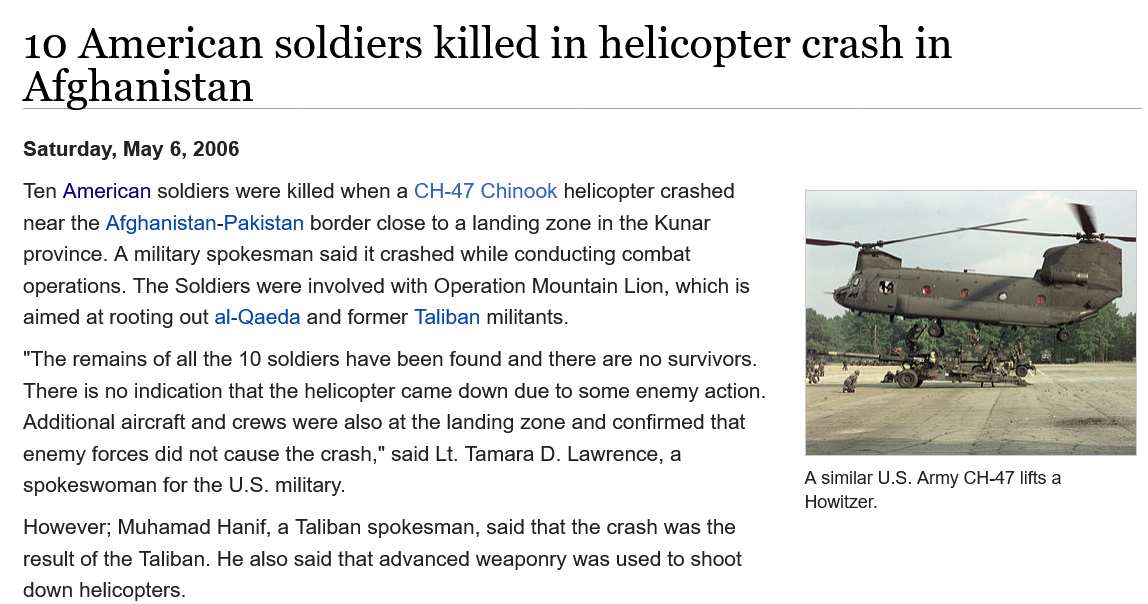
10   American    soldiers    killed    in   helicopter    crash    in
   Afghanistan
   Ten American soldiers were killed when a CH-47 Chinook helicopter crashed
   near the Afghanistan-Pakistan border close to a landing zone in the Kunar
   province. A military spokesman said it crashed while conducting combat
   operations. The Soldiers were involved with Operation Mountain Lion, which is
   aimed at rooting out al-Qaeda and former Taliban militants.
   "The remains of all the 10 soldiers have been found and there are no survivors.
   There is no indication that the helicopter came down due to some enemy action.
   Additional aircraft and crews were also at the landing zone and confirmed that
   enemy forces did not cause the crash," said Lt. Tamara D. Lawrence, a
   spokeswoman for the U.S. military.
   However; Muhamad Hanif, a Taliban spokesman, said that the crash was the
   result of the Taliban. He also said that advanced weaponry was used to shoot
   down helicopters.
     Asimilar U.S. Army CH-47 lifts a
     Howitzer.
   Saturday, May 6, 2006